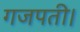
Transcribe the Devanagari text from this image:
गजपती।